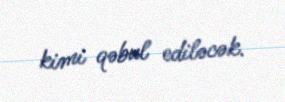
kimi qəbul ediləcək.